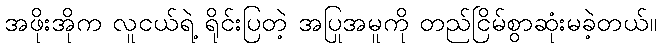
အဖိုးအိုက လူငယ်ရဲ့ ရိုင်းပြတဲ့ အပြုအမူကို တည်ငြိမ်စွာဆုံးမခဲ့တယ်။